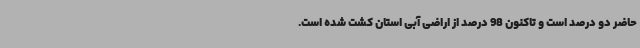
حاضر دو درصد است و تاکنون 98 درصد از اراضی آبی استان کشت شده است.